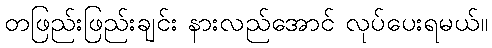
တဖြည်းဖြည်းချင်း နားလည်အောင် လုပ်ပေးရမယ်။